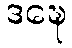
ဒဍ္ဎေ